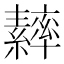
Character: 𦆾